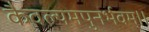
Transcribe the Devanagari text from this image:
कैवल्यमपुनर्भवम्‌।।